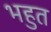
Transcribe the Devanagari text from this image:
भहुत